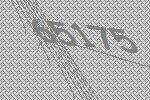
65175